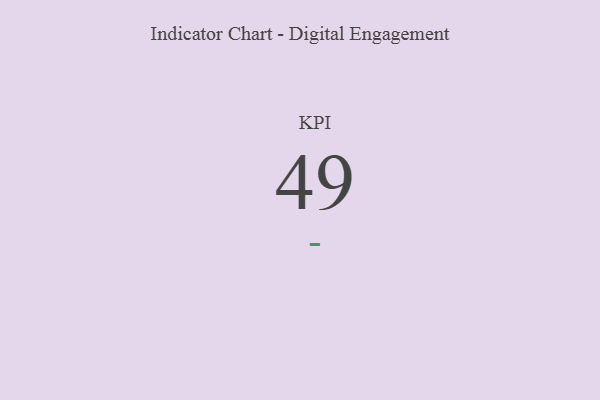
{"axis": {"x": "KPI", "y": "Value"}, "legend": [""], "data": [{"x": "KPI", "y": 49, "type": ""}]}